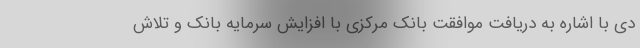
دی با اشاره به دریافت موافقت بانک مرکزی با افزایش سرمایه بانک و تلاش